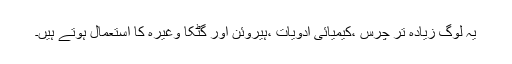
یہ لوگ زیادہ تر چرس ،کیمیائی ادویات ،ہیروئن اور گٹکا وغیرہ کا استعمال ہوتے ہیں۔